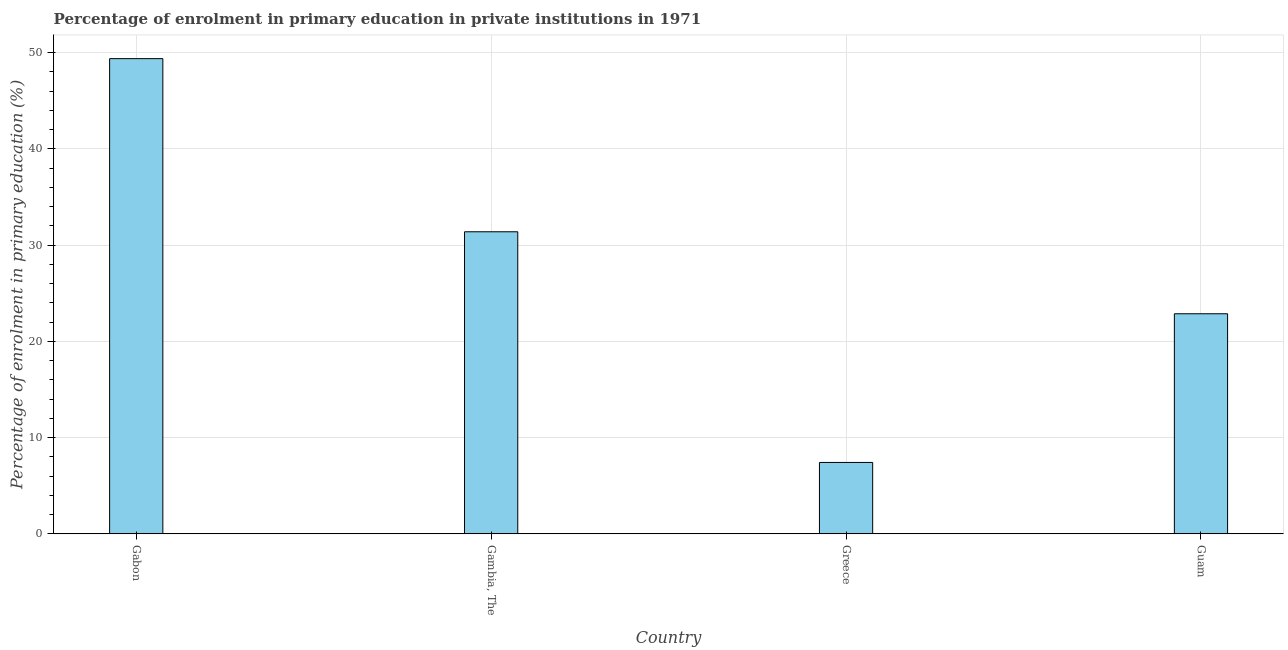
| Country | Enrolment  |
 | --- | --- |
 | Gabon | 49.4 |
 | Gambia, The | 31.4 |
 | Greece | 7.42 |
 | Guam | 22.9 |